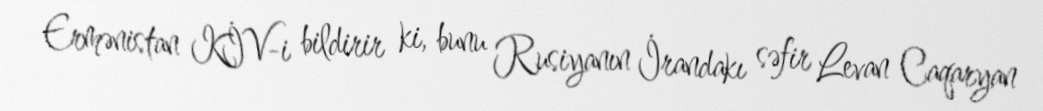
Ermənistan KİV-i bildirir ki, bunu Rusiyanın İrandakı səfir Levan Caqaryan